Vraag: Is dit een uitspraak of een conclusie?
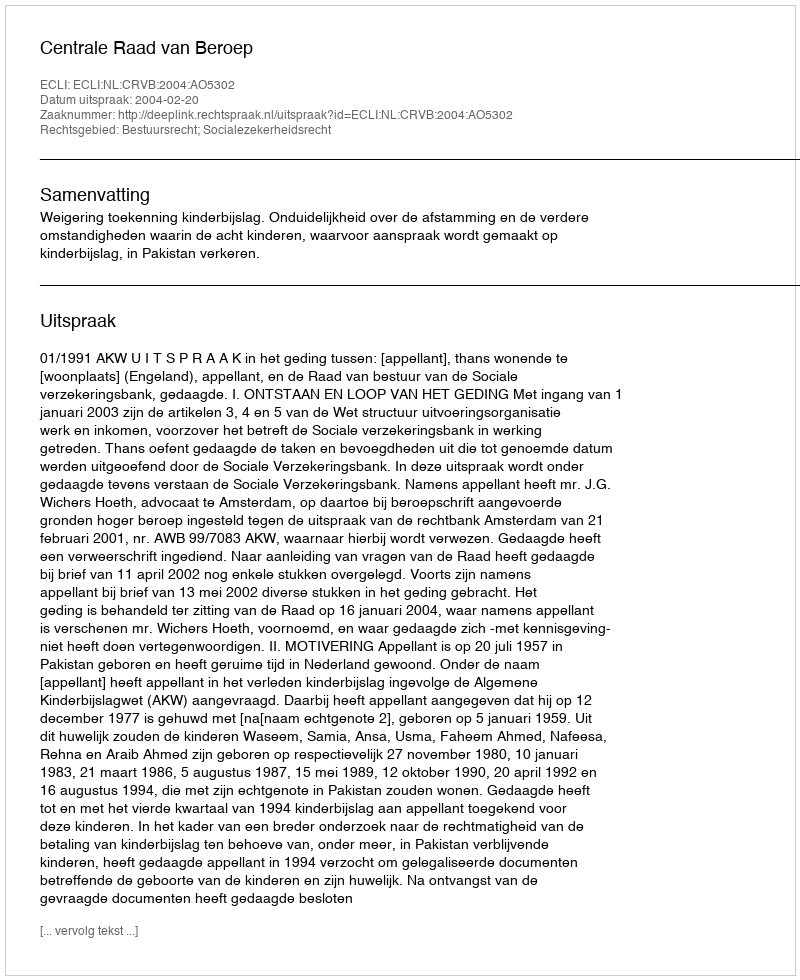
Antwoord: Uitspraak